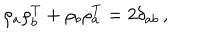
\rho _ { a } \rho _ { b } ^ { T } + \rho _ { b } \rho _ { a } ^ { T } = 2 \delta _ { a b } \, ,